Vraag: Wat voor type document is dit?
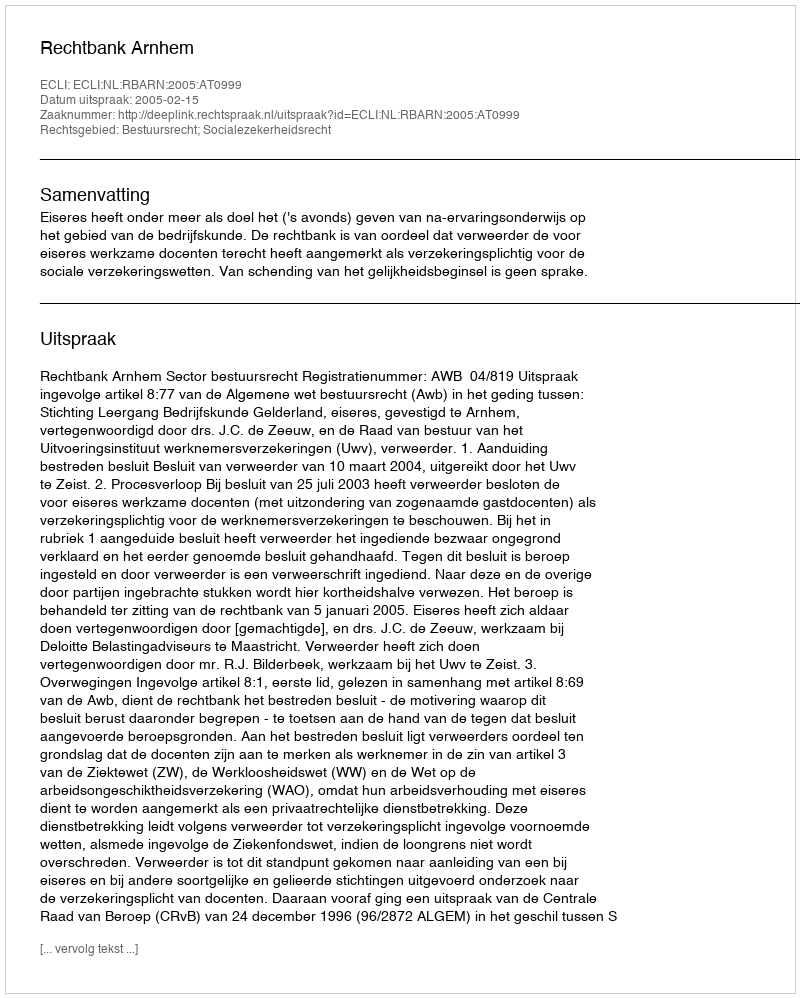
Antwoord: Uitspraak